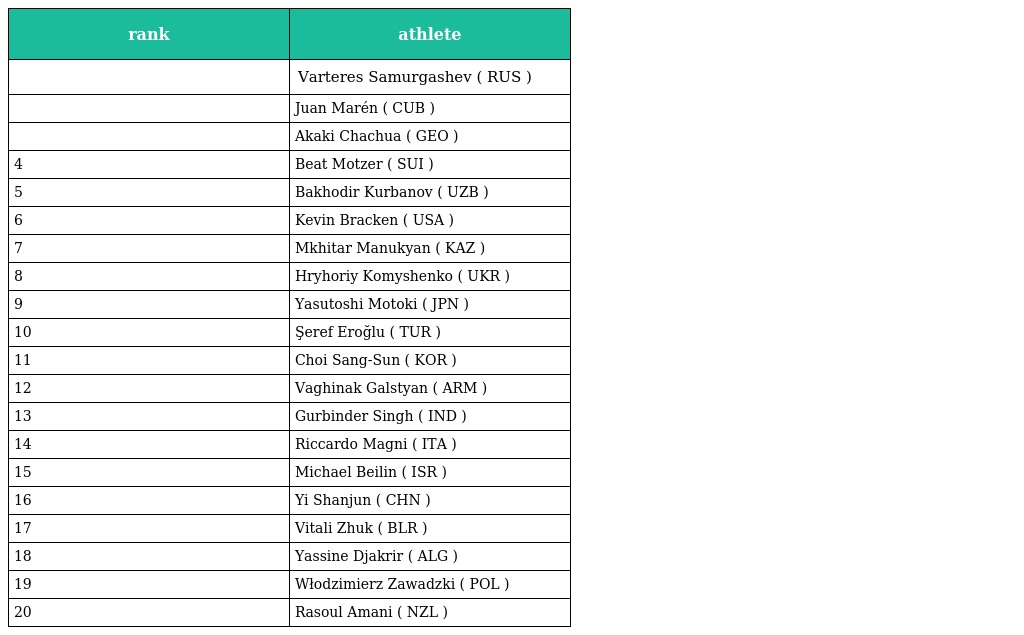
| rank | athlete |
 | --- | --- |
 |  | Varteres Samurgashev ( RUS ) |
 |  | Juan Marén ( CUB ) |
 |  | Akaki Chachua ( GEO ) |
 | 4 | Beat Motzer ( SUI ) |
 | 5 | Bakhodir Kurbanov ( UZB ) |
 | 6 | Kevin Bracken ( USA ) |
 | 7 | Mkhitar Manukyan ( KAZ ) |
 | 8 | Hryhoriy Komyshenko ( UKR ) |
 | 9 | Yasutoshi Motoki ( JPN ) |
 | 10 | Şeref Eroğlu ( TUR ) |
 | 11 | Choi Sang-Sun ( KOR ) |
 | 12 | Vaghinak Galstyan ( ARM ) |
 | 13 | Gurbinder Singh ( IND ) |
 | 14 | Riccardo Magni ( ITA ) |
 | 15 | Michael Beilin ( ISR ) |
 | 16 | Yi Shanjun ( CHN ) |
 | 17 | Vitali Zhuk ( BLR ) |
 | 18 | Yassine Djakrir ( ALG ) |
 | 19 | Włodzimierz Zawadzki ( POL ) |
 | 20 | Rasoul Amani ( NZL ) |